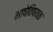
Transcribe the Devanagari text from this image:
भाषेविषयक